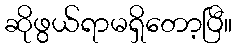
ဆိုဖွယ်ရာမရှိတော့ပြီ။